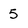
Character: 5